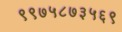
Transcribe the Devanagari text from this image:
९९७५८७३५६९